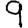
Digit: 9